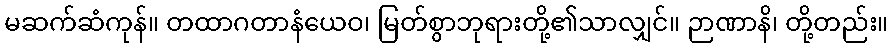
မဆက်ဆံကုန်။ တထာဂတာနံယေဝ၊ မြတ်စွာဘုရားတို့၏သာလျှင်။ ဉာဏာနိ၊ တို့တည်း။